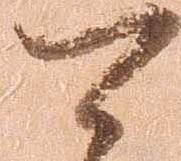
可